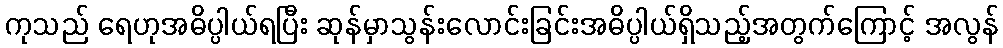
ကုသည် ရေဟုအဓိပ္ပါယ်ရပြီး ဆုန်မှာသွန်းလောင်းခြင်းအဓိပ္ပါယ်ရှိသည့်အတွက်ကြောင့် အလွန်